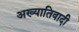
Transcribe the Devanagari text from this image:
अख्यातिवादी